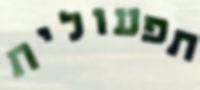
תפעולית